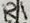
Text: R1